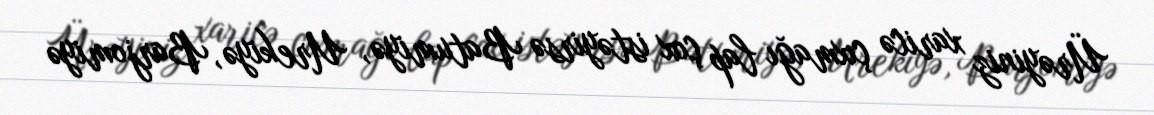
Ürəyiniz xaricə çıxmağı lap çox istəyirsə Batumiyə, Urekiyə, Barjomiyə